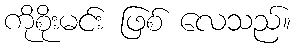
ကိုစိုးမင်း ဖြစ် လေသည်။